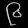
Digit: ၉